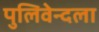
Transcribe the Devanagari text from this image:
पुलिवेन्दला